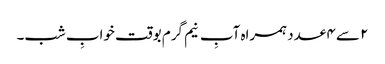
۲ سے ۴ عدد ہمراہ آبِ نیم گرم بوقت خوابِ شب۔